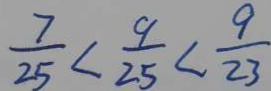
\frac { 7 } { 2 5 } < \frac { 9 } { 2 5 } < \frac { 9 } { 2 3 }